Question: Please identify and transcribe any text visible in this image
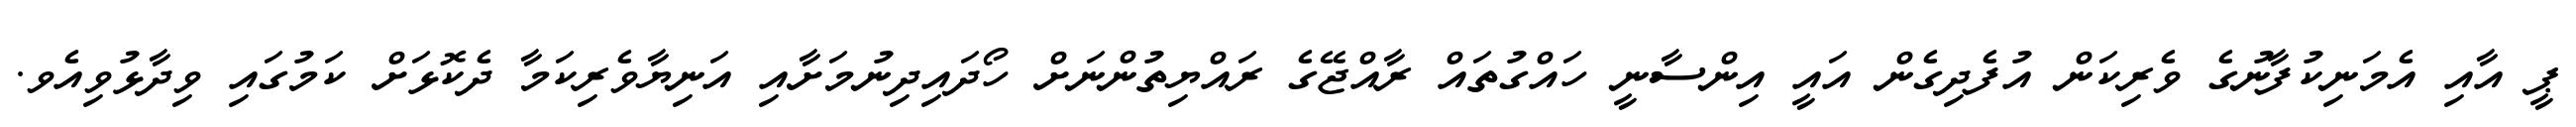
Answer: ޕީ އާއި އެމަނިކުފާނުގެ ވެރިކަން އުފެދިގެން އައީ އިންސާނީ ހައްގުތައް ރާއްޖޭގެ ރައްޔިތުންނަށް ހޯދައިދިނުމަށާއި އަނިޔާވެރިކަމާ ދެކޮޅަށް ކަމުގައި ވިދާޅުވިއެވ.